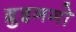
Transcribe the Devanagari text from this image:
ब्रुइनगो